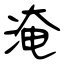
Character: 淹